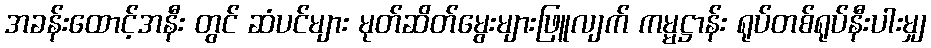
အခန်းထောင့်အနီး တွင် ဆံပင်များ မုတ်ဆိတ်မွေးများဖြူလျက် ကမ္မဋ္ဌာန်း ရုပ်တစ်ရုပ်နီးပါးမျှ